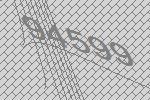
94599